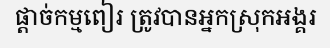
ផ្តាច់កម្មពៀរ ត្រូវបានអ្នកស្រុកអង្គរ